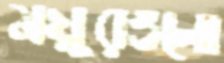
ময়ূরগুলো